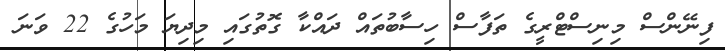
ފިނޭންސް މިނިސްޓްރީގެ ތަފާސް ހިސާބުތައް ދައްކާ ގޮތުގައި މިދިޔަ މަހުގެ 22 ވަނަ